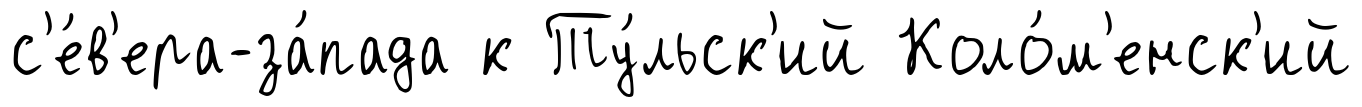
с'е́в'ера-за́пада к Ту́льск'ий Коло́м'енск'ий